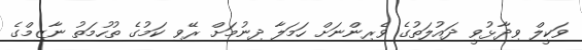
ވަކީލް ވިދާޅުވީ ދައުލަތުގެ ވެރިންނަށް ހަމަލާ ދިނުމަށް ރޭވި ކަމުގެ ތުުހުމަތު ނާޒިމްގެ